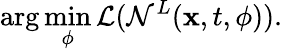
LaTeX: \arg\operatorname*{min}_{{\mathbf\phi}}\mathcal{L}(\mathcal{N}^{L}({\mathbf x},t,{\mathbf\phi})).